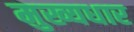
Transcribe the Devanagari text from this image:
मुख्यधार